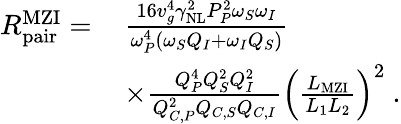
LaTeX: \begin{array}{rl}{R_{\mathrm{pair}}^{\mathrm{MZI}}=\, }&{\frac{16v_{g}^{4}\gamma_{\mathrm{NL}}^{2}P_{P}^{2}\omega_{S}\omega_{I}}{\omega_{P}^{4}\left(\omega_{S}Q_{I}+\omega_{I}Q_{S}\right)}}\\ &{\times\frac{Q_{P}^{4}Q_{S}^{2}Q_{I}^{2}}{Q_{C,P}^{2}Q_{C,S}Q_{C,I}}\left(\frac{L_{\mathrm{MZI}}}{L_{1}L_{2}}\right)^{2}\ .}\end{array}